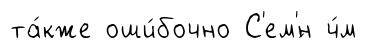
та́кже оши́бочно С'ем'́н ч́м